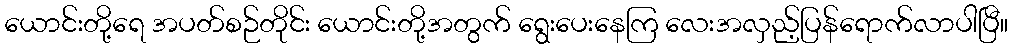
ယောင်းတို့ရေ အပတ်စဉ်တိုင်း ယောင်းတို့အတွက် ရွေးပေးနေကြ လေးအလှည့်ပြန်ရောက်လာပါပြီ။